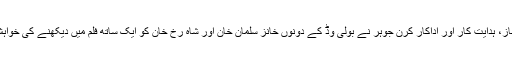
2016ء) فلم ساز، ہدایت کار اور اداکار کرن جوہر نے بولی وڈ کے دونوں خانز سلمان خان اور شاہ رخ خان کو ایک ساتھ فلم میں دیکھنے کی خواہش ظاہر کردی۔